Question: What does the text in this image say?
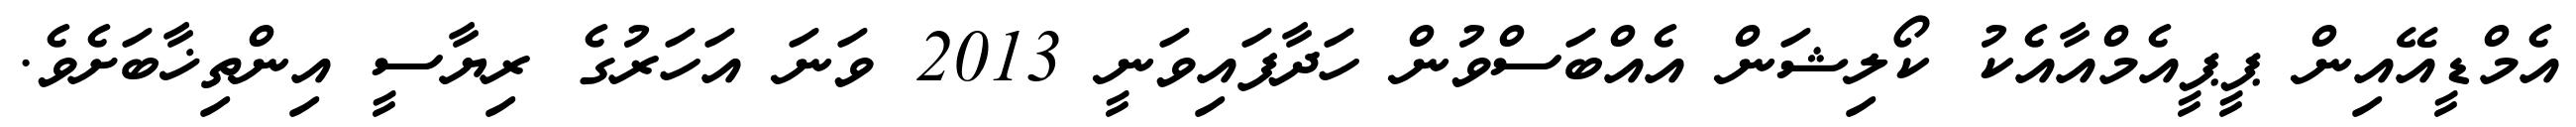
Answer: އެމްޑީއޭއިން ޕީޕީއެމްއާއެކު ކޯލިޝަން އެއްބަސްވުން ހަދާފައިވަނީ 2013 ވަނަ އަހަރުގެ ރިޔާސީ އިންތިޚާބަށެވެ.